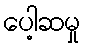
ပေါ့ဆမှု